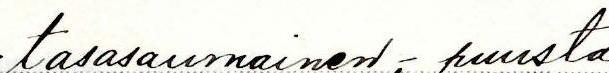
tasasaumainen - puusta